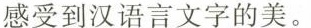
感受到汉语言文字的美。